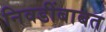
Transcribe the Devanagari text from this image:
निवडींबाबत